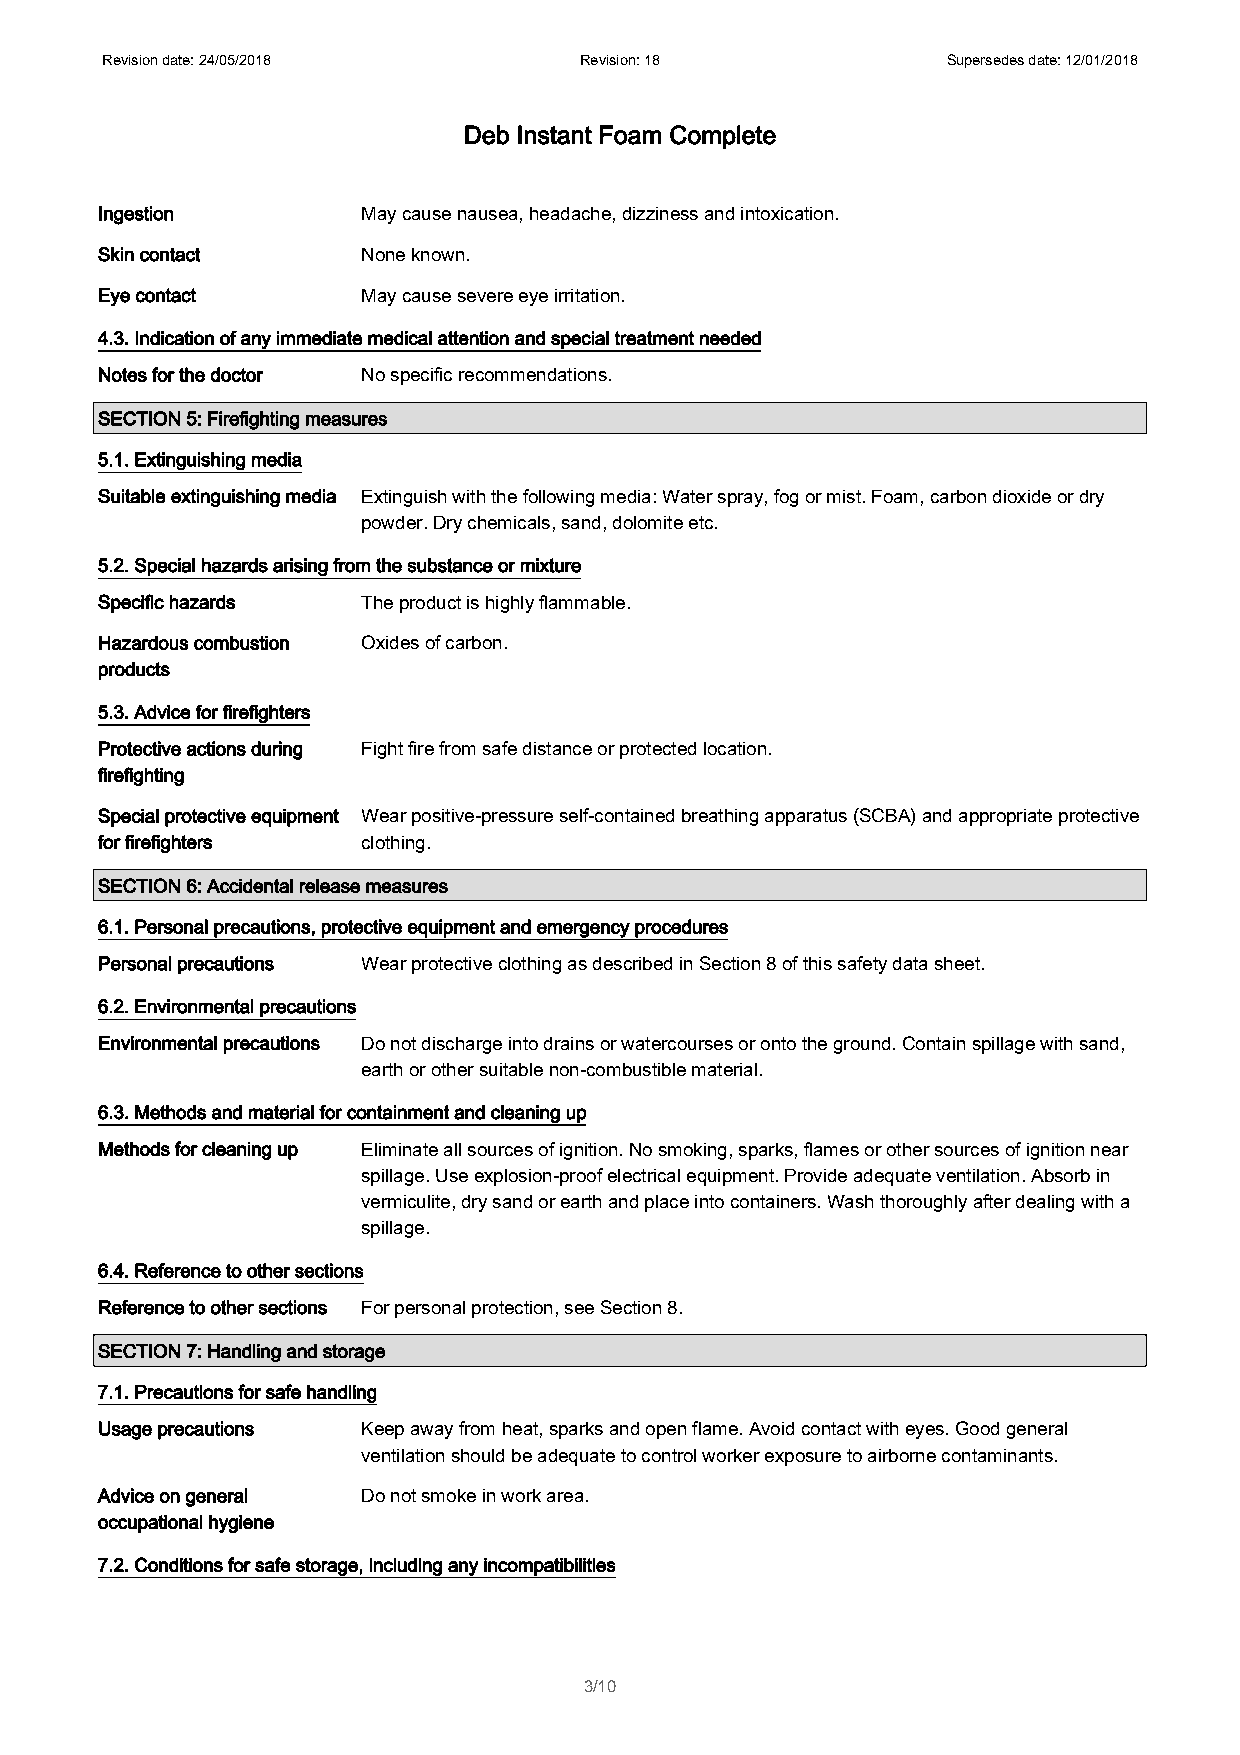
Revision date: 24/05/2018      Revision: 18             Supersedes date: 12/01/2018
 Deb Instant Foam Complete
 Ingestion         May cause nausea, headache, dizziness and intoxication.
 Skin contact      None known.
 Eye contact       May cause severe eye irritation.
 4.3. Indication of any immediate medical attention and special treatment needed
 Notes for the doctor No specific recommendations.
 SECTION 5: Firefighting measures
 5.1. Extinguishing media
 Suitable extinguishing media Extinguish with the following media: Water spray, fog or mist. Foam, carbon dioxide or dry
 powder. Dry chemicals, sand, dolomite etc.
 5.2. Special hazards arising from the substance or mixture
 Specific hazards  The product is highly flammable.
 Hazardous combustion Oxides of carbon.
 products
 5.3. Advice for firefighters
 Protective actions during Fight fire from safe distance or protected location.
 firefighting
 Special protective equipment Wear positive-pressure self-contained breathing apparatus (SCBA) and appropriate protective
 for firefighters  clothing.
 SECTION 6: Accidental release measures
 6.1. Personal precautions, protective equipment and emergency procedures
 Personal precautions Wear protective clothing as described in Section 8 of this safety data sheet.
 6.2. Environmental precautions
 Environmental precautions Do not discharge into drains or watercourses or onto the ground. Contain spillage with sand,
 earth or other suitable non-combustible material.
 6.3. Methods and material for containment and cleaning up
 Methods for cleaning up Eliminate all sources of ignition. No smoking, sparks, flames or other sources of ignition near
 spillage. Use explosion-proof electrical equipment. Provide adequate ventilation. Absorb in
 vermiculite, dry sand or earth and place into containers. Wash thoroughly after dealing with a
 spillage.
 6.4. Reference to other sections
 Reference to other sections For personal protection, see Section 8.
 SECTION 7: Handling and storage
 7.1. Precautions for safe handling
 Usage precautions Keep away from heat, sparks and open flame. Avoid contact with eyes. Good general
 ventilation should be adequate to control worker exposure to airborne contaminants.
 Advice on general Do not smoke in work area.
 occupational hygiene
 7.2. Conditions for safe storage, including any incompatibilities
 3/10